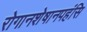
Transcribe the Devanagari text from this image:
रोगानशेषानपहंसि